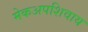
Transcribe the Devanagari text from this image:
मेकअपशिवाय